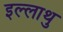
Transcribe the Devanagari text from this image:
इल्लाथु